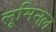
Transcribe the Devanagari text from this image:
लूमिनल